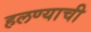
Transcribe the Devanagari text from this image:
हलण्याची